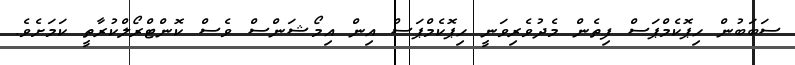
ސަބަބުން ހިޕޮކެމްޕަސް ފިތެން މެދުވެރިވަނީ ހިޕޮކެމްޕަސް އިން އިމޯޝަންސް ވެސް ކޮންޓްރޯލްކުރާތީ ކަމަށެވެ.